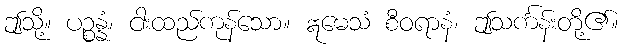
ဤသို့။ ပဉ္စန္နံ၊ ငါးထည်ကုန်သော။ ဣမေသံ စီဝရာနံ၊ ဤသင်္ကန်းတို့၏။